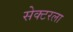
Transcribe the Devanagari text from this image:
सेक्‍टरला